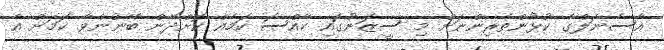
އާސެނަލްގެ ކުޅުންތެރިންނަށް މި ސީޒަނުގައި ހާއްސަ ކަމެއް ކޮށްދޭން ބޭނުންވާ ކަމަށް އެ